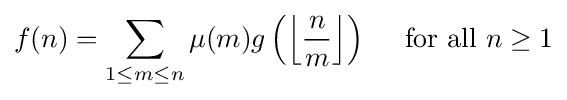
f(n)=\sum _{1\leq m\leq n}\mu (m)g\left(\left\lfloor {\frac {n}{m}}\right\rfloor \right)\quad {\mbox{ for all }}n\geq 1